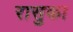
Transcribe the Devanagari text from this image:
रासुका